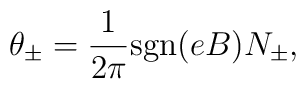
\theta_\pm = \frac{1}{2 \pi} {\rm sgn}(eB) N_\pm ,